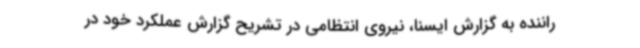
راننده به گزارش ایسنا، نیروی انتظامی در تشریح گزارش عملکرد خود در